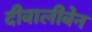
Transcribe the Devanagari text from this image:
दीवालीबेन